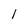
Character: l